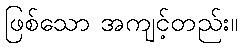
ဖြစ်သော အကျင့်တည်း။